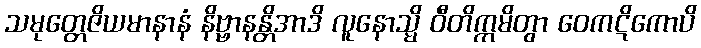
သမုတ္တေဇိယမာနာနံ နိဗ္ဗာနန္တိအာဒိ လူနောသ္မိ ဝီတိက္ကမိတွာ ဝေကဋိကောပိ